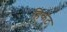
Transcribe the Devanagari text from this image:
हिकेट